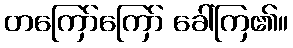
တကြော်ကြော် ခေါ်ကြ၏။